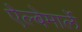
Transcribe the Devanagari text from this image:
ऐल्बेमार्ले